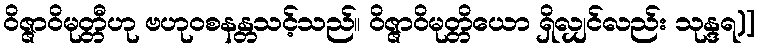
ဝိဇ္ဇာဝိမုတ္တီဟု ဗဟုဝစနန္တသင့်သည်။ ဝိဇ္ဇာဝိမုတ္တိယော ရှိလျှင်လည်း သုန္ဒရ)]